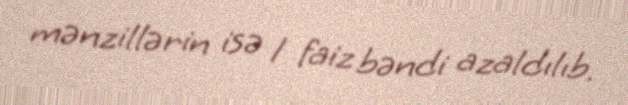
mənzillərin isə 1 faiz bəndi azaldılıb.